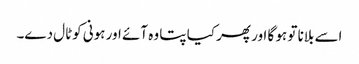
اسے بلانا تو ہو گا اور پھر کیا پتا وہ آئے اور ہونی کوٹال دے۔